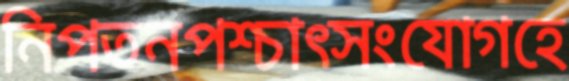
নিপতনপশ্চাত্সংযোগহে